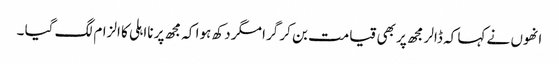
انھوں نے کہا کہ ڈالر مجھ پر بھی قیامت بن کر گرا مگر دکھ ہوا کہ مجھ پر نااہلی کا الزام لگ گیا ۔